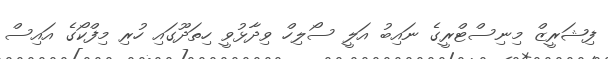
ފިޝަރީޒް މިނިސްޓްރީގެ ނައިބު އަލީ ސޯލިހް ވިދާޅުވީ ހިތަދޫގައި ހުރި މިފްކޯގެ އައިސް